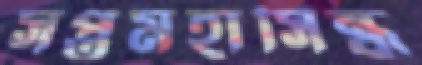
সপ্তমহাসিন্ধু